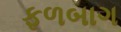
ફળબાગ